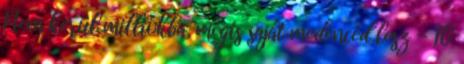
Nem kerül milliókba, mégis saját medencéd lesz - 10